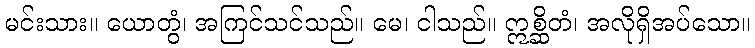
မင်းသား။ ယောတွံ၊ အကြင်သင်သည်။ မေ၊ ငါသည်။ ဣစ္ဆိတံ၊ အလိုရှိအပ်သော။